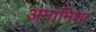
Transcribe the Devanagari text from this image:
अमानिशा